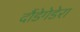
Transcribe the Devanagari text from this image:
दौंडेगेडेरा